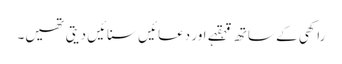
راکھی کے ساتھ قہقہے اور دعائیں سنائیں دیتی تھیں۔